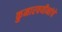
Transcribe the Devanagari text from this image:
कुमारवयीनांचे